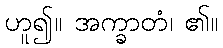
ဟူ၍။ အက္ခာတံ၊ ၏။